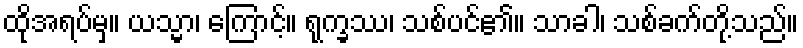
ထိုအရပ်မှ။ ယသ္မာ၊ ကြောင့်။ ရုက္ခဿ၊ သစ်ပင်၏။ သာခါ၊ သစ်ခက်တို့သည်။